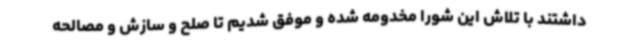
داشتند با تلاش این شورا مخدومه شده و موفق شدیم تا صلح و سازش و مصالحه